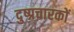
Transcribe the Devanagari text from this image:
दुष्प्रचारकों